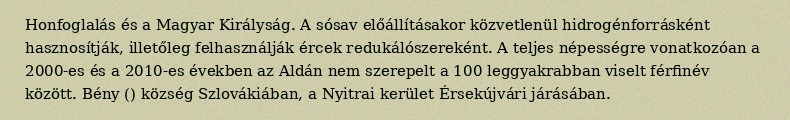
Honfoglalás és a Magyar Királyság. A sósav előállításakor közvetlenül hidrogénforrásként hasznosítják, illetőleg felhasználják ércek redukálószereként. A teljes népességre vonatkozóan a 2000-es és a 2010-es években az Aldán nem szerepelt a 100 leggyakrabban viselt férfinév között. Bény () község Szlovákiában, a Nyitrai kerület Érsekújvári járásában.